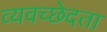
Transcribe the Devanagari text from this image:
व्यवच्छेदता